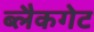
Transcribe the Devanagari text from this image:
ब्लैकगेट